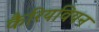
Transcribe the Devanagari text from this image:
कैरियवियन